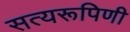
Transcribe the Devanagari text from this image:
सत्यरूपिणी